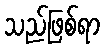
သည်ဖြစ်ရာ